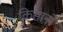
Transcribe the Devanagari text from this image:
किसानोंं